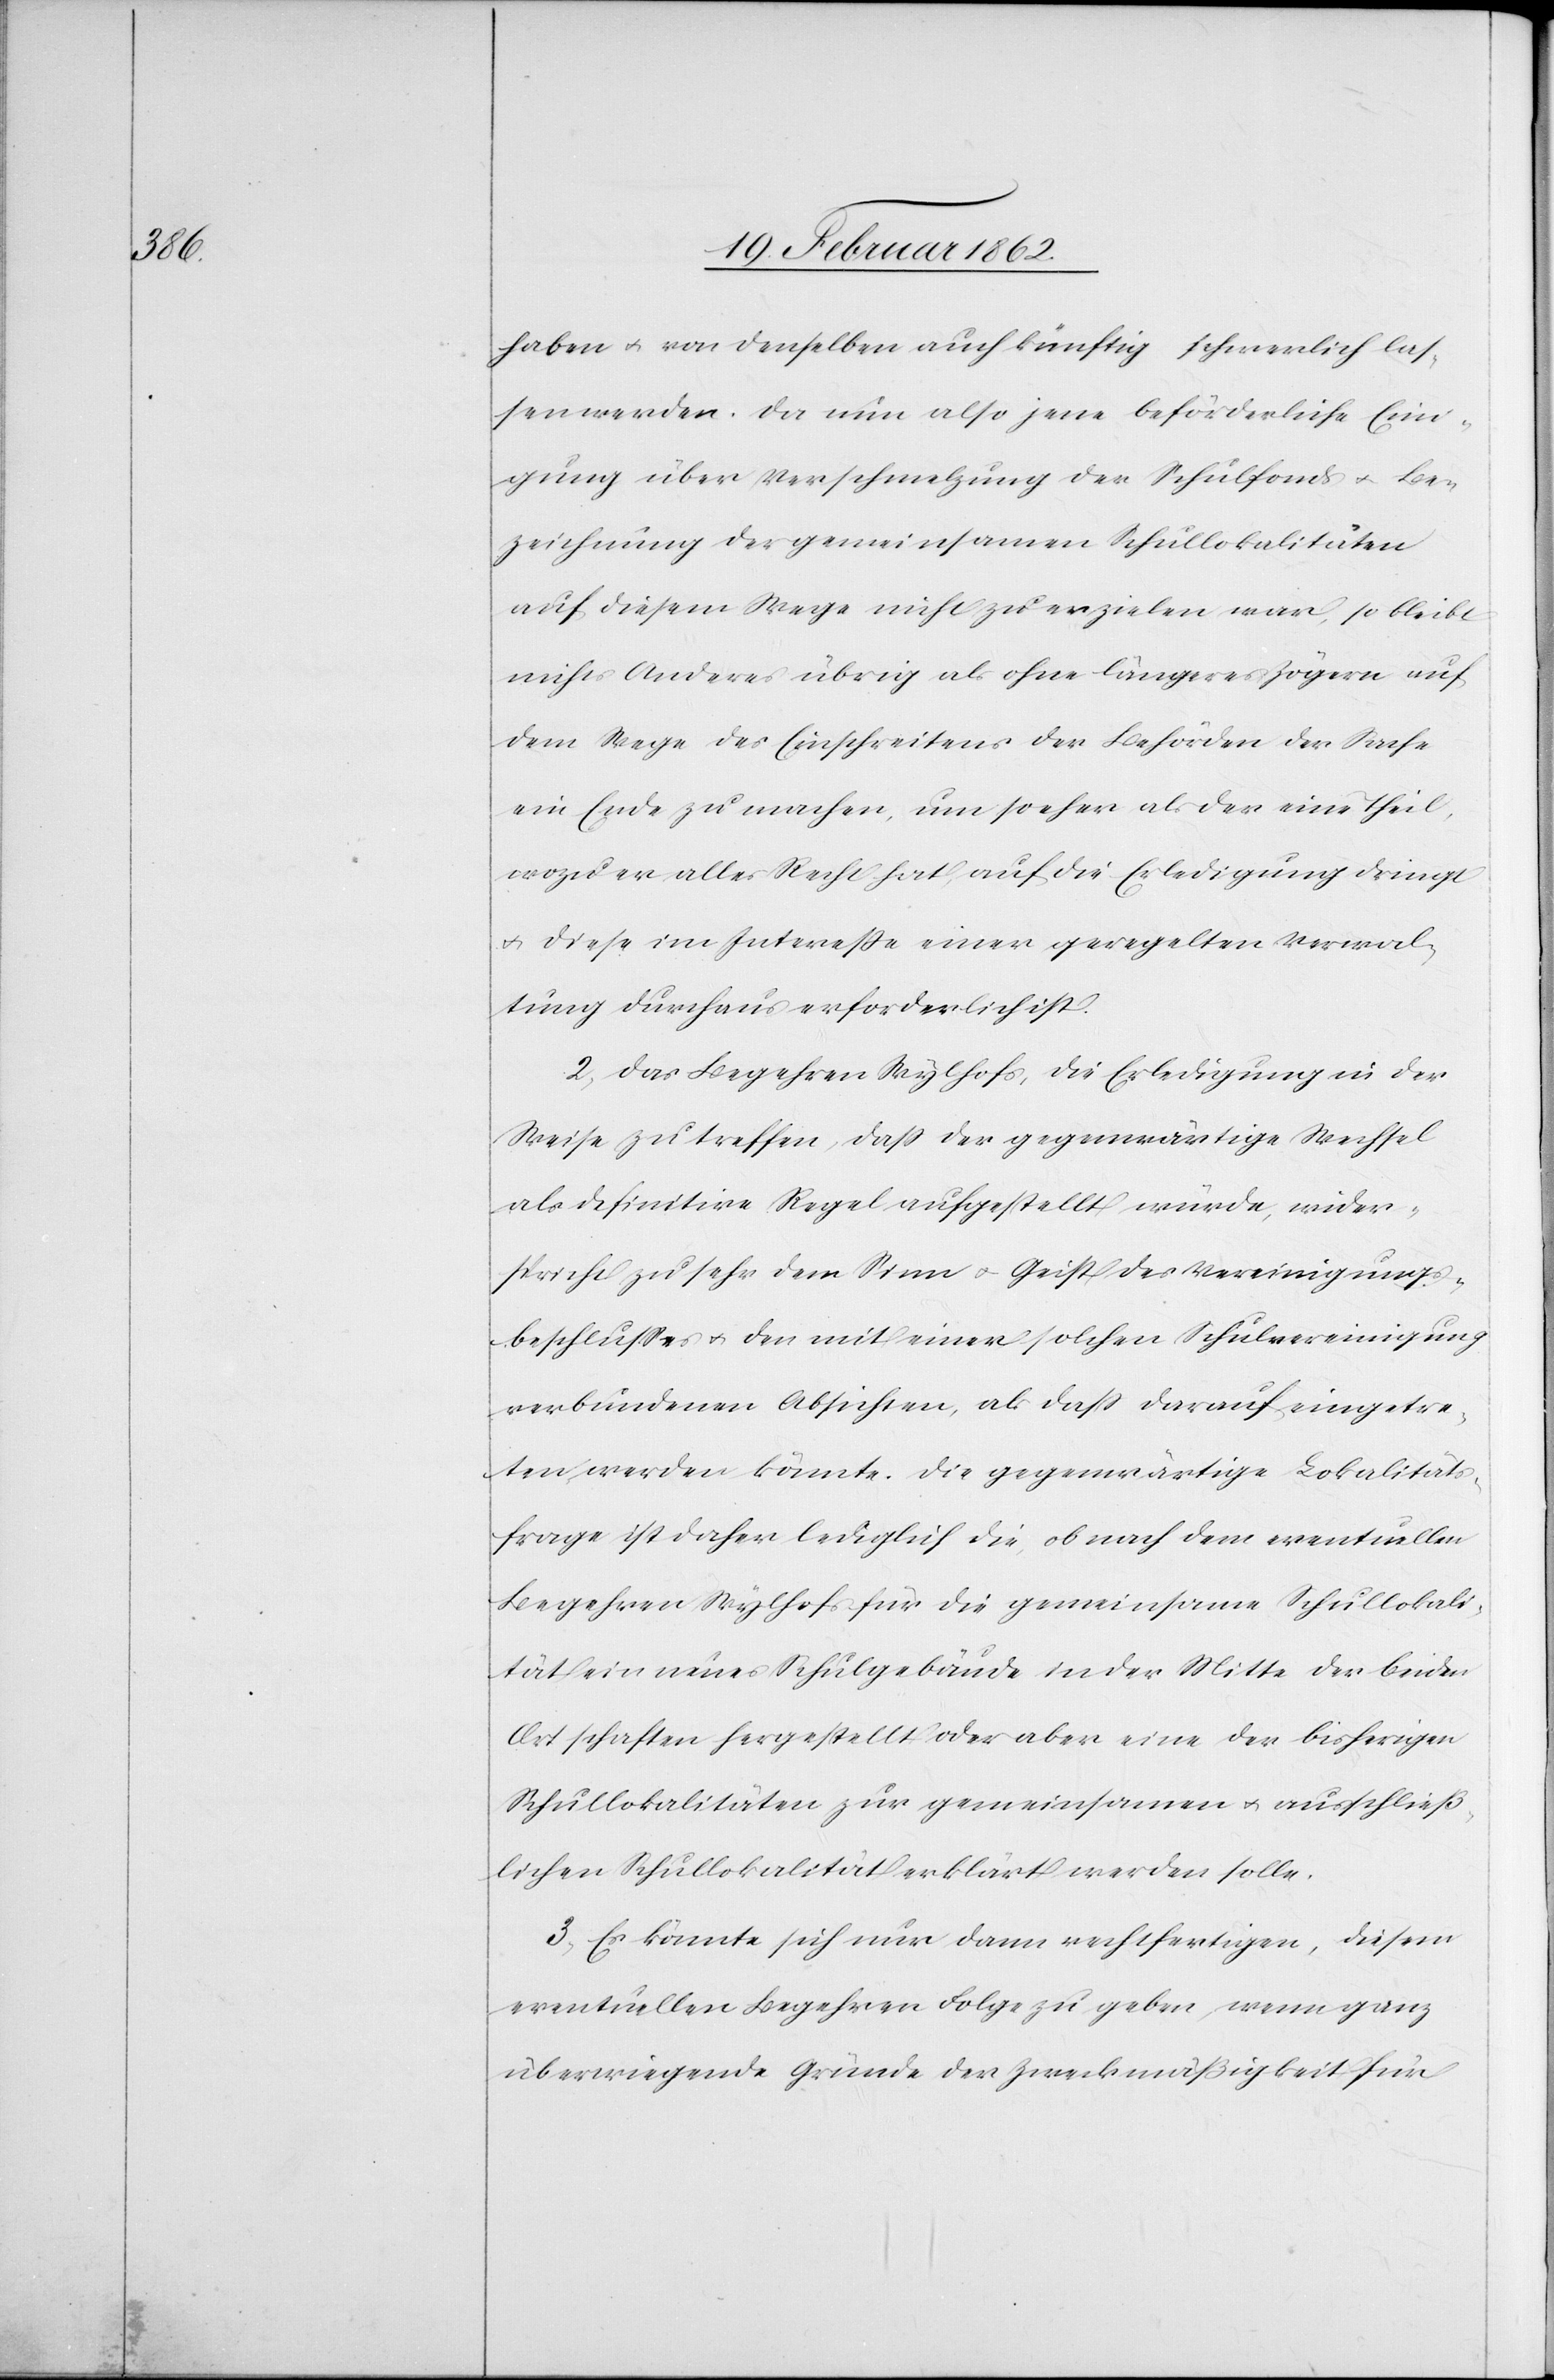
haben u. von denselben auch künftig schwerlich las¬
sen werden. Da nun also jene beförderliche Eini¬
gung über Verschmelzung der Schulfonds u. Be¬
zeichnung der gemeinsamen Schullokalitäten
auf diesem Wege nicht zu erzielen war, so bleibt
nichts Anderes übrig als ohne längeres Zögern auf
dem Wege des Einschreitens der Behörden der Sache
ein Ende zu machen, um so eher als der eine Theil,
wozu er alles Recht hat, auf die Erledigung dringt
u. diese im Intereße einer geregelten Verwal¬
tung durchaus erforderlich ist.
2) Das Begehren Wylhofs, die Erledigung in der
Weise zu treffen, daß der gegenwärtige Wechsel
als definitive Regel aufgestellt würde, wider¬
spricht zu sehr dem Sinn u. Geist des Vereinigungs¬
beschlußes u. den mit einer solchen Schulvereinigung
verbundenen Absichten, als daß darauf eingetre¬
ten werden könnte. Die gegenwärtige Lokalitäts¬
frage ist daher lediglich die, ob nach dem eventuellen
Begehren Wylhofs für die gemeinsame Schullokali¬
tät ein neues Schulgebäude in der Mitte der beiden
Ortschaften hergestellt ober aber eine der bisherigen
Schullokalitäten zur gemeinsamen u. ausschließ¬
lichen Schullokalität erklärt werden solle.
3) Es könnte sich nur dann rechtfertigen, diesem
eventuellen Begehren Folge zu geben, wenn ganz
überwiegende Gründe der Zweckmäßigkeit für